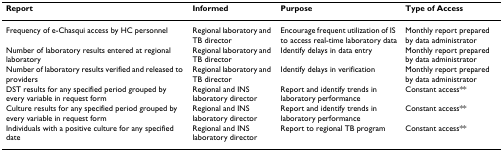
| Report | Informed | Purpose | Type of Access |
 | --- | --- | --- | --- |
 | Frequency of e-Chasqui access by HC personnel | Regional laboratory and TB director | Encourage frequent utilization of IS to access real-time laboratory data | Monthly report prepared by data administrator |
 | Number of laboratory results entered at regional laboratory | Regional laboratory and TB director | Identify delays in data entry | Monthly report prepared by data administrator |
 | Number of laboratory results verified and released to providers | Regional laboratory and TB director | Identify delays in verification | Monthly report prepared by data administrator |
 | DST results for any specified period grouped by every variable in request form | Regional and INS laboratory director | Report and identify trends in laboratory performance | Constant access** |
 | Culture results for any specified period grouped by every variable in request form | Regional and INS laboratory director | Report and identify trends in laboratory performance | Constant access** |
 | Individuals with a positive culture for any specified date | Regional and INS laboratory director | Report to regional TB program | Constant access** |